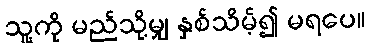
သူ့ကို မည်သို့မျှ နှစ်သိမ့်၍ မရပေ။